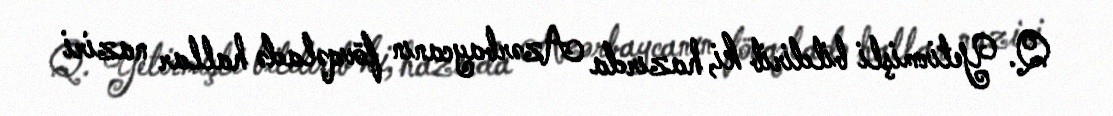
Q. Yetirmişli bildirib ki, hazırda Azərbaycanın fövqəladə hallar naziri